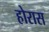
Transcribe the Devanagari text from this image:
होरास